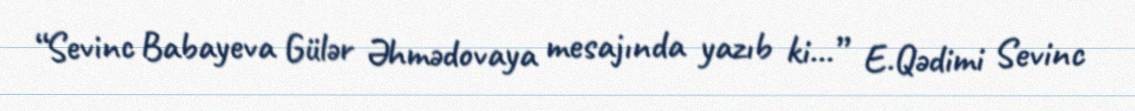
“Sevinc Babayeva Gülər Əhmədovaya mesajında yazıb ki...” E.Qədimi Sevinc